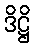
ဒိဋ္ဌိ